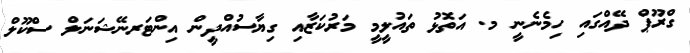
ގްރޫޕް ދޭއްގައި ހިމެނެނީ މ. އަތޮޅު ތައުލީމީ މަރުކަޒާއި ގިޔާސުއްދީން އިންޓަރނޭޝަނަލް ސްކޫލް